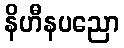
နိဟီနပညော